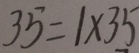
3 5 = 1 \times 3 5